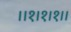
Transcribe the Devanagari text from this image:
।।१।१।१।।